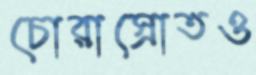
চোরাস্রোতও